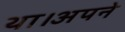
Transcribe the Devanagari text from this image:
था।अपने